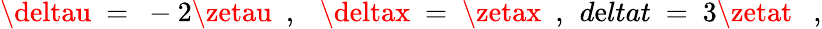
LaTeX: \deltau\ =\ -2\zetau\ \ ,\ \ \ \deltax\ =\ \zetax\ \ ,\ \, d\mathrm{e}ltat\ =\ 3\zetat\ \ \ ,